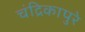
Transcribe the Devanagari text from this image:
चंद्रिकापुरे